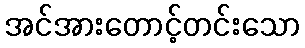
အင်အားတောင့်တင်းသော